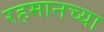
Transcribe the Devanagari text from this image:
रहमानच्या